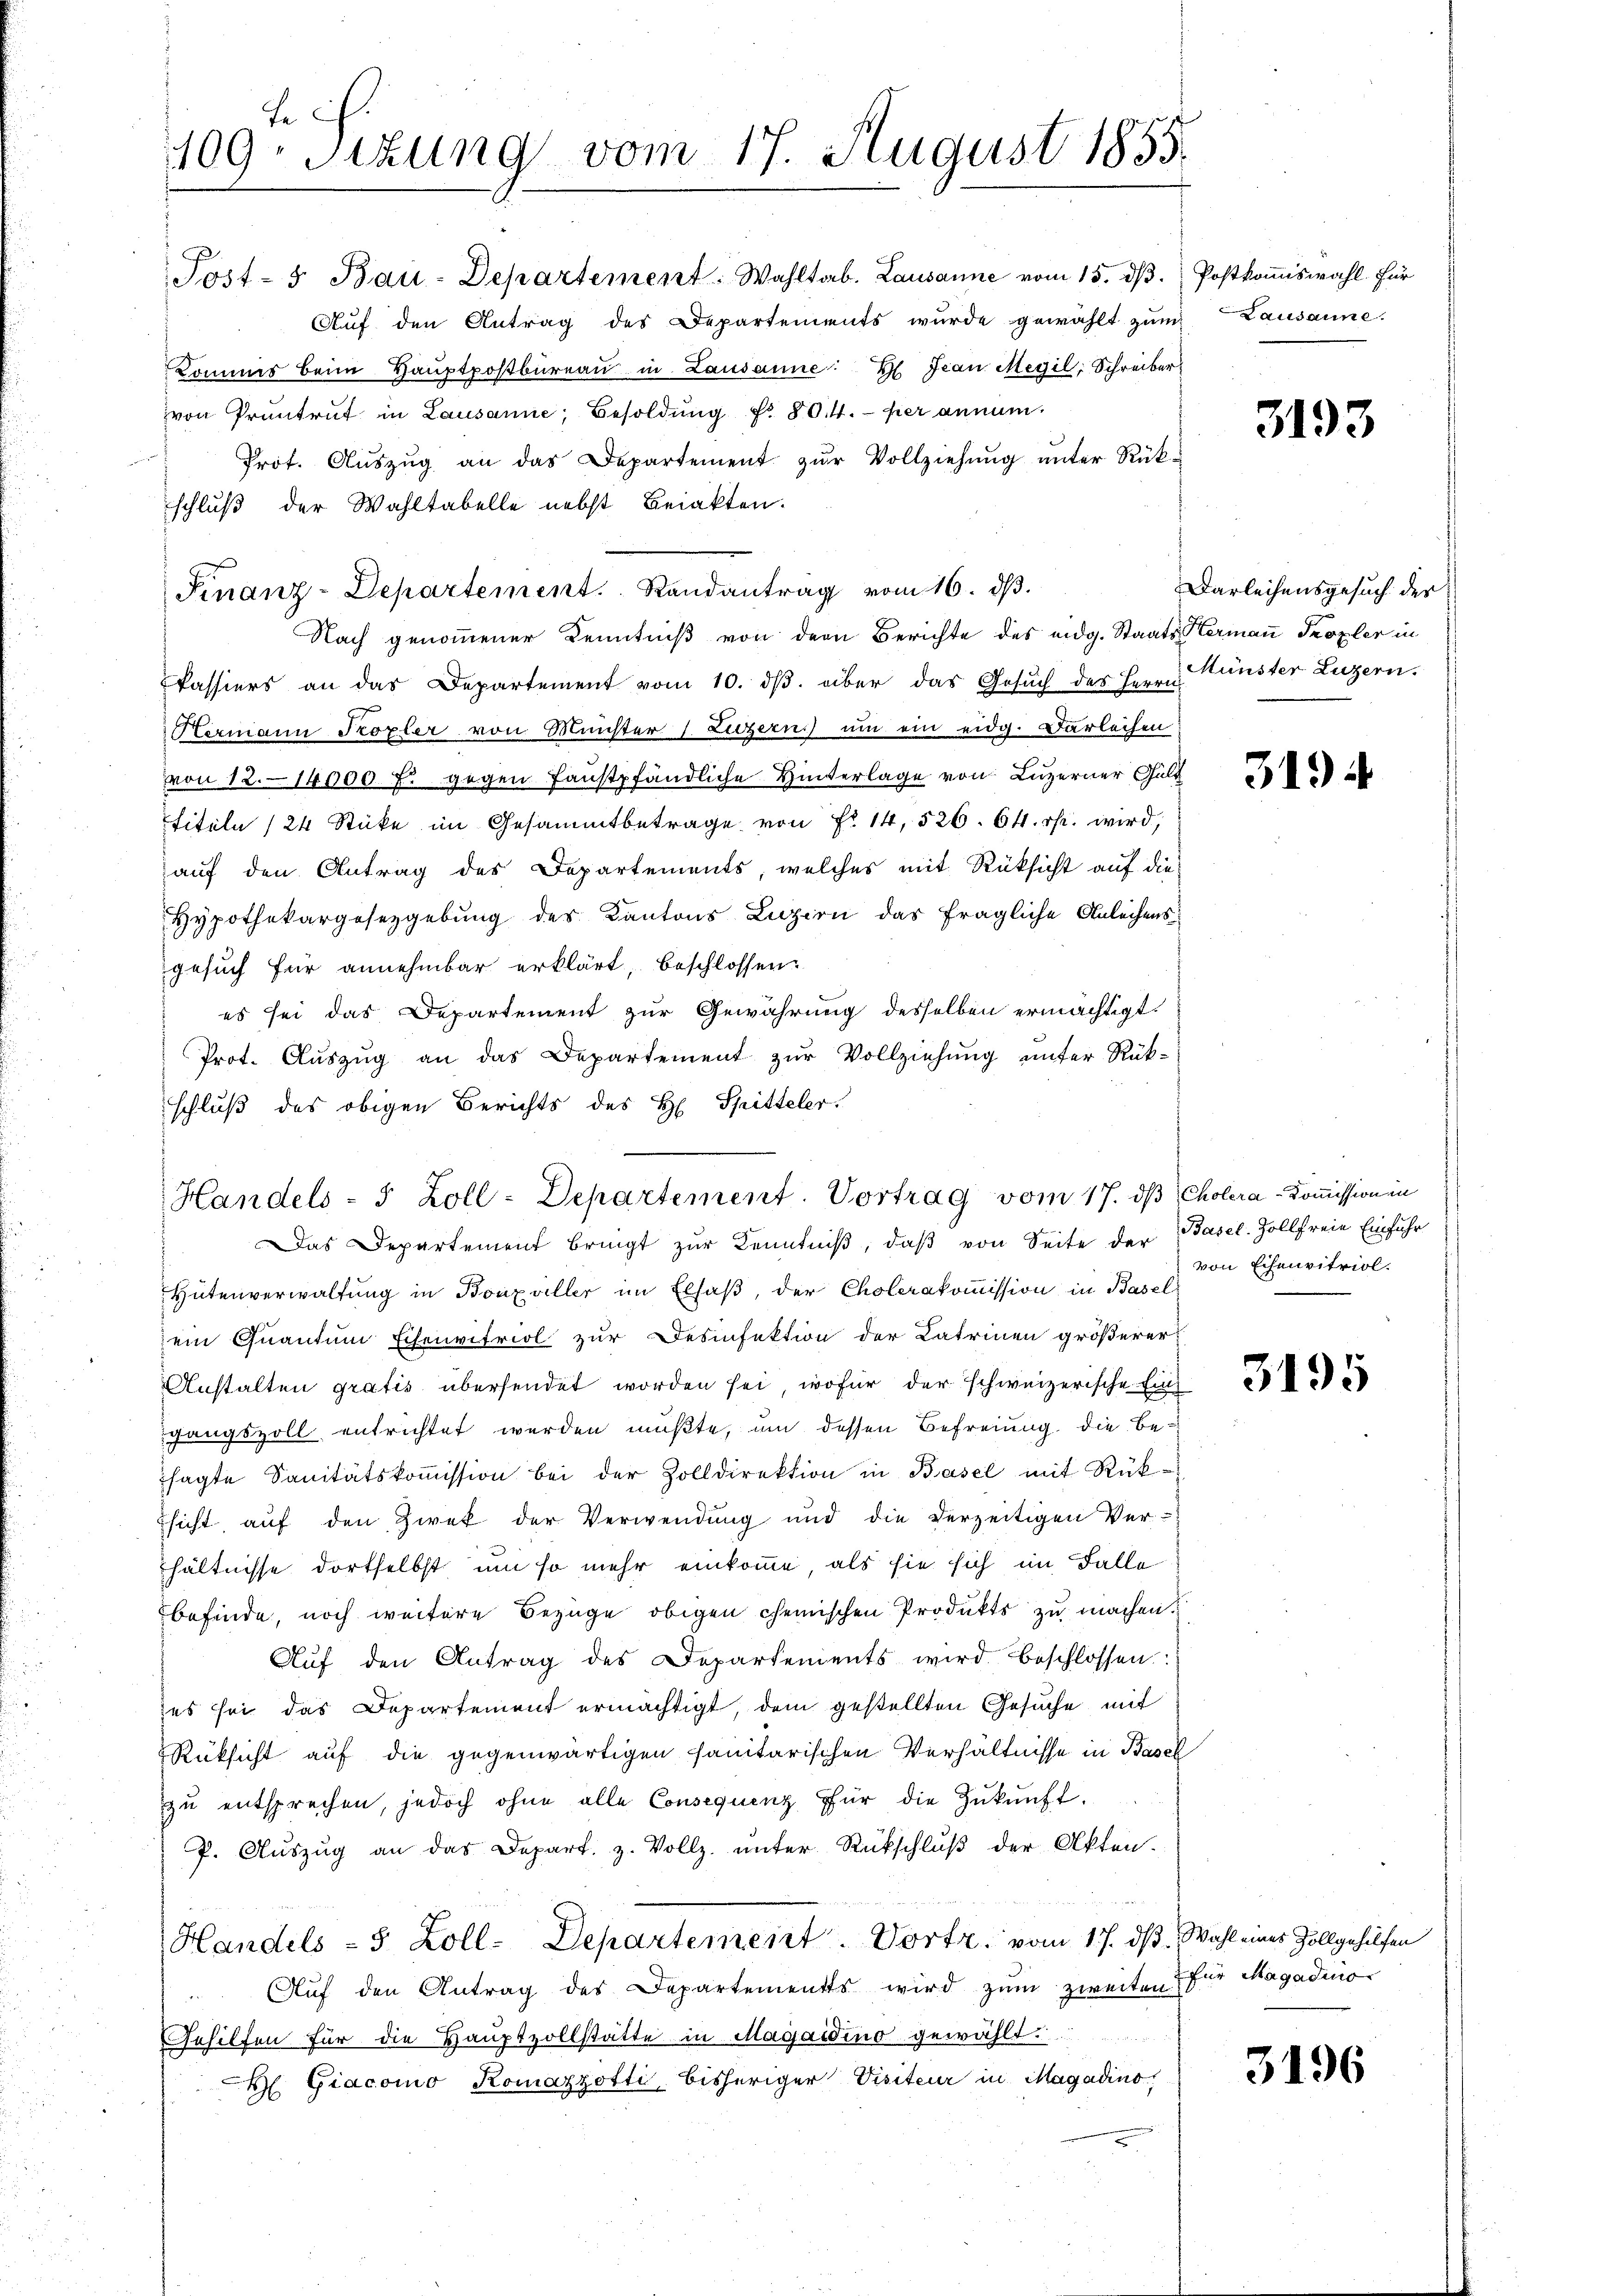
t
1109. Sizung vom 17. August 1855.

Finanz-Departement. Randantrag vom 16. dβ.

Post- 5. Bau-Departement: Wahltab. Lausanne vom 15. dβ.
Auf den Antrag des Departements wurde gewählt zum Lausanne.
Kommes beim Haŭptpostbüreaŭ in Lausanne: H. Jean Megil, Schreiber
von Pruntrut in Lausanne, Besoldŭng Nr. 804. per annum.
Prot. Aŭszŭg an das Departement zŭr Vollziehŭng ŭnter Rück-
schluß der Wahltabelle nebst Beiakten.
Nach genommener Kenntniß von dem Berichte des eidg. Staats-Vermann Prozler in
Passiers an das Departement vom 10. dβ über das Gesuch des Herrn Künster Luzern.
Hermann Foxler von Machter 1. Luzern) um ein eidg. Darleihen
von 12. 14000 f. gegen faustpfändliche Hinterlage von Luzerner Gült
titeln (24 Stücke im Gesammtbetrage von Fr. 14, 526. 64. rp. wird,
auf den Antrag des Departements, welches mit Rüksicht auf die-
Hypothekargesetzgebung des Kantons Luzern das fragliche Anleihens
gesuch für annehmbar erklärt, beschlossen:
es sei das Departement zur Gewährung desselben ermächtigt.
Prot. Aŭszŭg an das Departement zŭr Vollziehung unter Rück-
schluß des obigen Berichts des H. Spitteler.

Handels- 5 Zoll-Departement. Vortrag vom 17. ds Cholera-Kommission ein

Postkommiswahl. Für

Das Departement bringt zur Kenntniß, daß von Seite der Basel-Zollfreie Einfuhr
Hütenverwaltŭng in Bonzviller im Elsaß, der Cholerakoṁission in Basel
ein Quantum Eisenvitriol zur Desinfektion der Lateinen größerer
Anstalten gratis übersendet worden sei, wofür der schweizerische Ein-
gangszoll entrichtet werden müßte, um dessen Befreiung die Besagte Sanitätskoṁission bei der Zolldirektion in Basel mit Rüksicht auf den Zwek der Verwendung und die verzeitigen Ver-
hältnisse dortselbst um so mehr einkomme, als sie sich im Falle
befinde, noch weitere Bezüge obigen chemischen Produkts zu machen.
Aŭf den Antrag des Departements wird beschlossen:
es sei das Departement ermächtigt, dem gestellten Gesuche mit
Rüksicht auf die gegenwärtigen sanitarischen Verhältnisse in Basel
zŭ entsprechen, jedoch ohne alle Consequenz für die Zŭkŭnft.
P. Auszug an das Depart. z. Vollz, unter Rückschluß der Akten.
Handels - 5 Zoll-Departement. Vortr. vom 17. ds. Wahl eines Zollgehilfen
Aŭf den Antrag des Departements wird zŭm zweiten für Magadino
Gehilfen für die Hauptvollstätte in Magaidino gewählt.
 Giacomo Komazzotti, bisheriger Visiteur in Magadino,

3193

Darleihensgesuch der

3194

von Eisenvitriol.

3195

3196